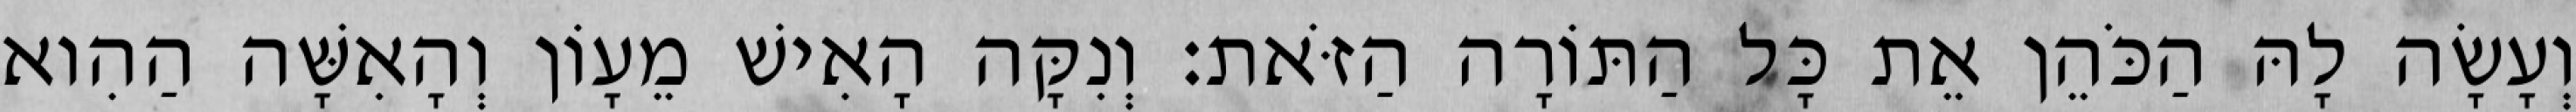
וְעָשָׂה לָהּ הַכֹּהֵן אֵת כָּל הַתּוֹרָה הַזֹּאת׃ וְנִקָּה הָאִישׁ מֵעָוֹן וְהָאִשָּׁה הַהִוא